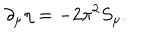
LaTeX: \partial _ { \mu } \eta = - 2 \pi ^ { 2 } S _ { \mu } .